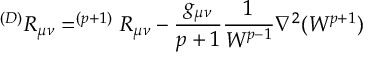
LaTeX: ^ { ( D ) } R _ { \mu \nu } = ^ { ( p + 1 ) } R _ { \mu \nu } - { \frac { g _ { \mu \nu } } { p + 1 } } { \frac { 1 } { W ^ { p - 1 } } } \nabla ^ { 2 } ( W ^ { p + 1 } )